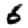
Digit: 6